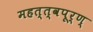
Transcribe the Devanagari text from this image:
महत्त्वपूर्ण्